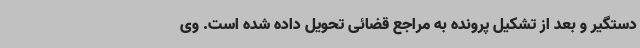
دستگیر و بعد از تشکیل پرونده به مراجع قضائی تحویل داده شده است. وی